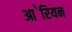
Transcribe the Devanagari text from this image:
आ॓रियन